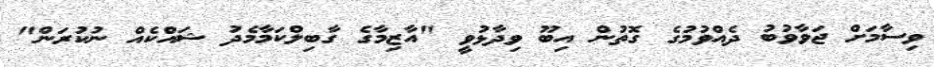
ވިސާމަށް ޖަވާވުބު ދެއްވުމުގެ ގޮތުން އިބޫ ވިދާޅުވީ "އާޒިމާގެ ގާބިލްކަމާމެދު ޝައްކެއް ނުކުރަން"